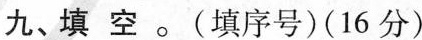
九、填空。(填序号)(16分)